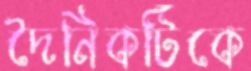
দৈনিকটিকে